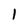
Character: I